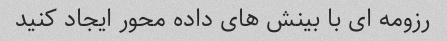
رزومه ای با بینش های داده محور ایجاد کنید